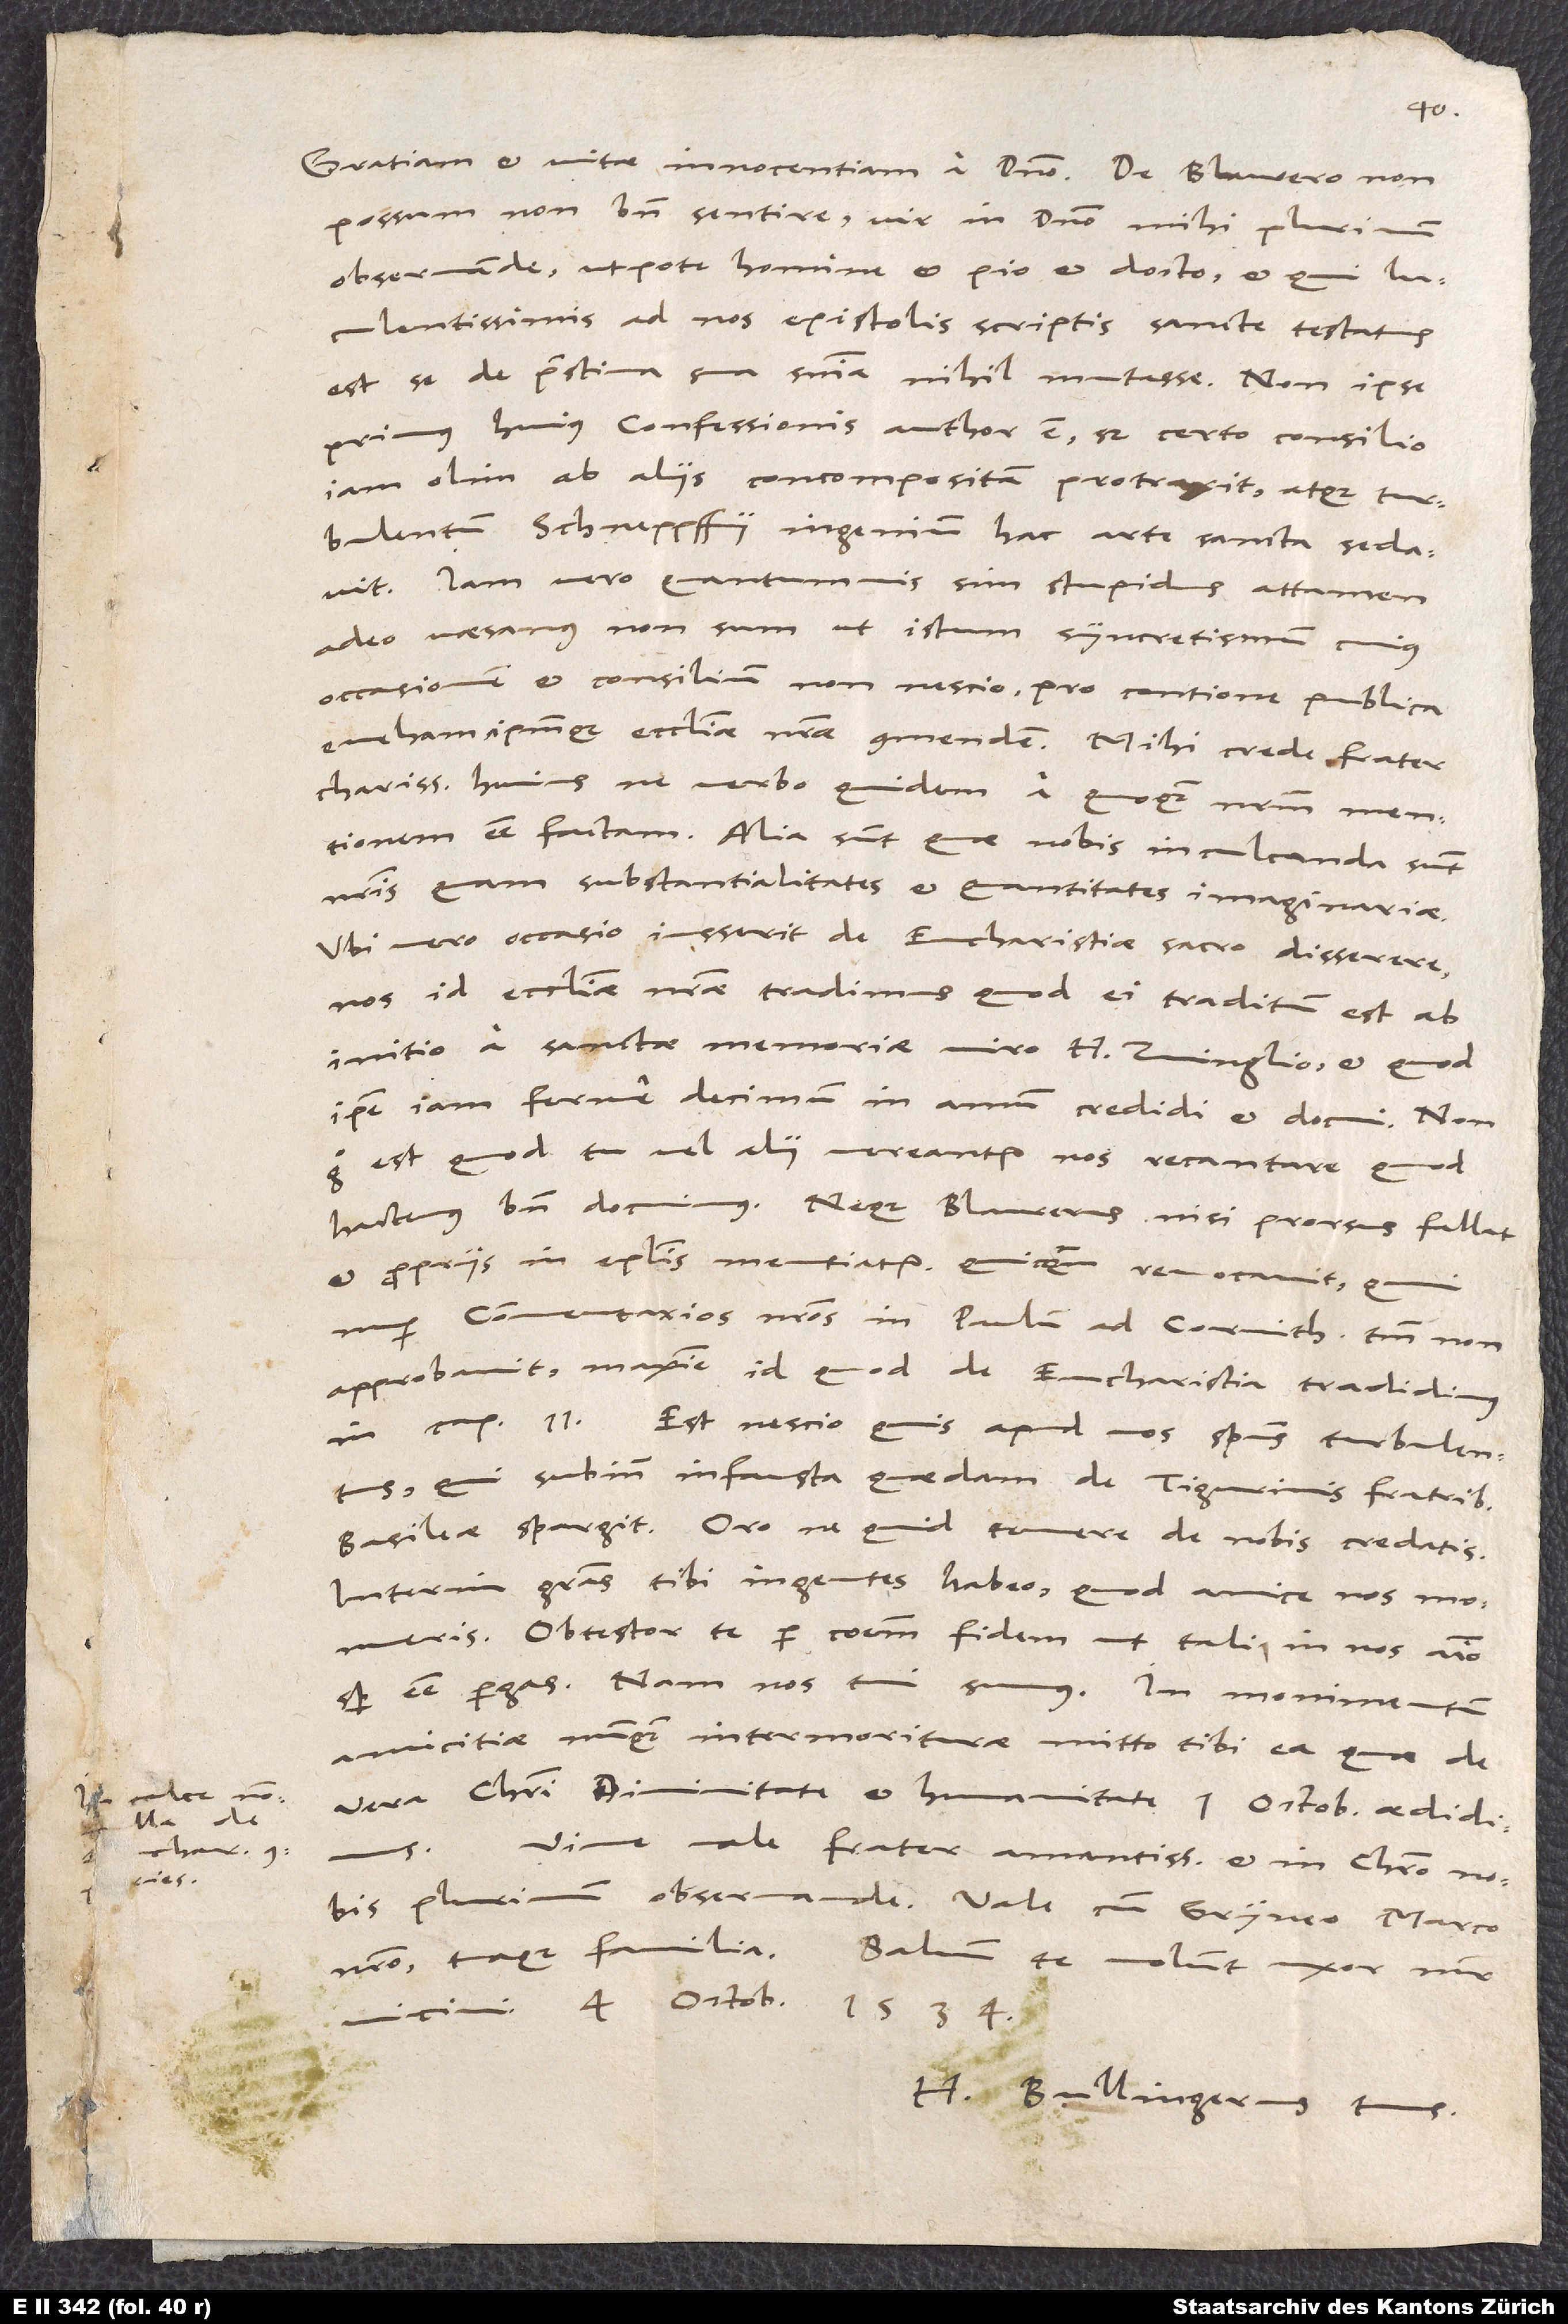
ries.

4.
possum non bene sentire, vir in domino mihi plurimum
observande, utpote homine et pio et docto, et qui
luculentissimis ad nos epistolis scriptis sancte testatus
est se de pristina sua sententia nihil mutasse. Non ipse
primus huius confessionis author est, sed certo consilio
iam olim ab aliis concompositam protraxit atque turbulentum
Schneppffii ingenium hac arte sancta sedavit.
Iam vero quantumvis sim stupidus, attamen
adeo vaesanus non sum, ut istum syncretismum, cuius
occasionem et consilium non nescio, pro contione publica
eveham ipsumque ecclesiae nostrae commendem. Mihi crede, frater
charissime, huius ne verbo quidem a quoquam nostrum mentionem
esse factam. Alia sunt, quae nobis inculcanda sunt
nostris quam substantialitates et quantitates imaginariae.
Ubi vero occasio iusserit de eucharistiae sacro disserere,
nos id ecclesiae nostrae tradimus, quod ei traditum est ab
initio a sanctae memoriae viro H Zvinglio et quod
ipse iam ferme decimum in annum credidi et docui. Non
ergo est, quod tu vel alii vereantur nos recantare, quod
hactenus bene docuimus. Neque Blaurerus, nisi prorsus fallat
et propriis in epistolis mentiatur, quicquam revocavit. Quin
nuper commentarios nostros in Paulum ad Corinthios tantum non
approbavit, maxime id quod de eucharistia tradidimus
in cap. II. Est nescio quis apud vos spiritus turbulentus,
qui subinde infausta quaedam de Tigurinis fratribus
Basileae spargit. Oro, ne quid temere de nobis credatis.
Interim gratias tibi ingentes habeo, quod amice nos monueris.
Obtestor te per communem fidem, ut tali in nos animo
amicitiae nunquam intermoriturae mitto tibi ea, quae de
vera Christi divinitate et humanitate 1. octobris aedidimus.
Vive, vale, frater amantissime et in Christo nobis
nostro tuaque familia. Salvum te volunt uxor, mater,
H. Bullingerus tuus